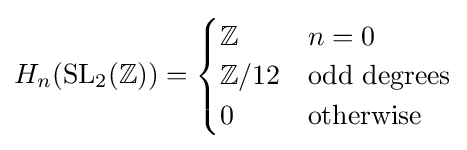
H_{n}(\mathrm {SL} _{2}(\mathbb {Z} ))={\begin{cases}\mathbb {Z} &n=0\\\mathbb {Z} /12&{\text{odd degrees}}\\0&{\text{otherwise}}\end{cases}}